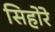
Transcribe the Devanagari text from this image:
सिहोरे